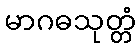
မာဂဓသုတ္တံ